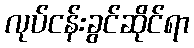
လုပ်ငန်းခွင်ဆိုင်ရာ